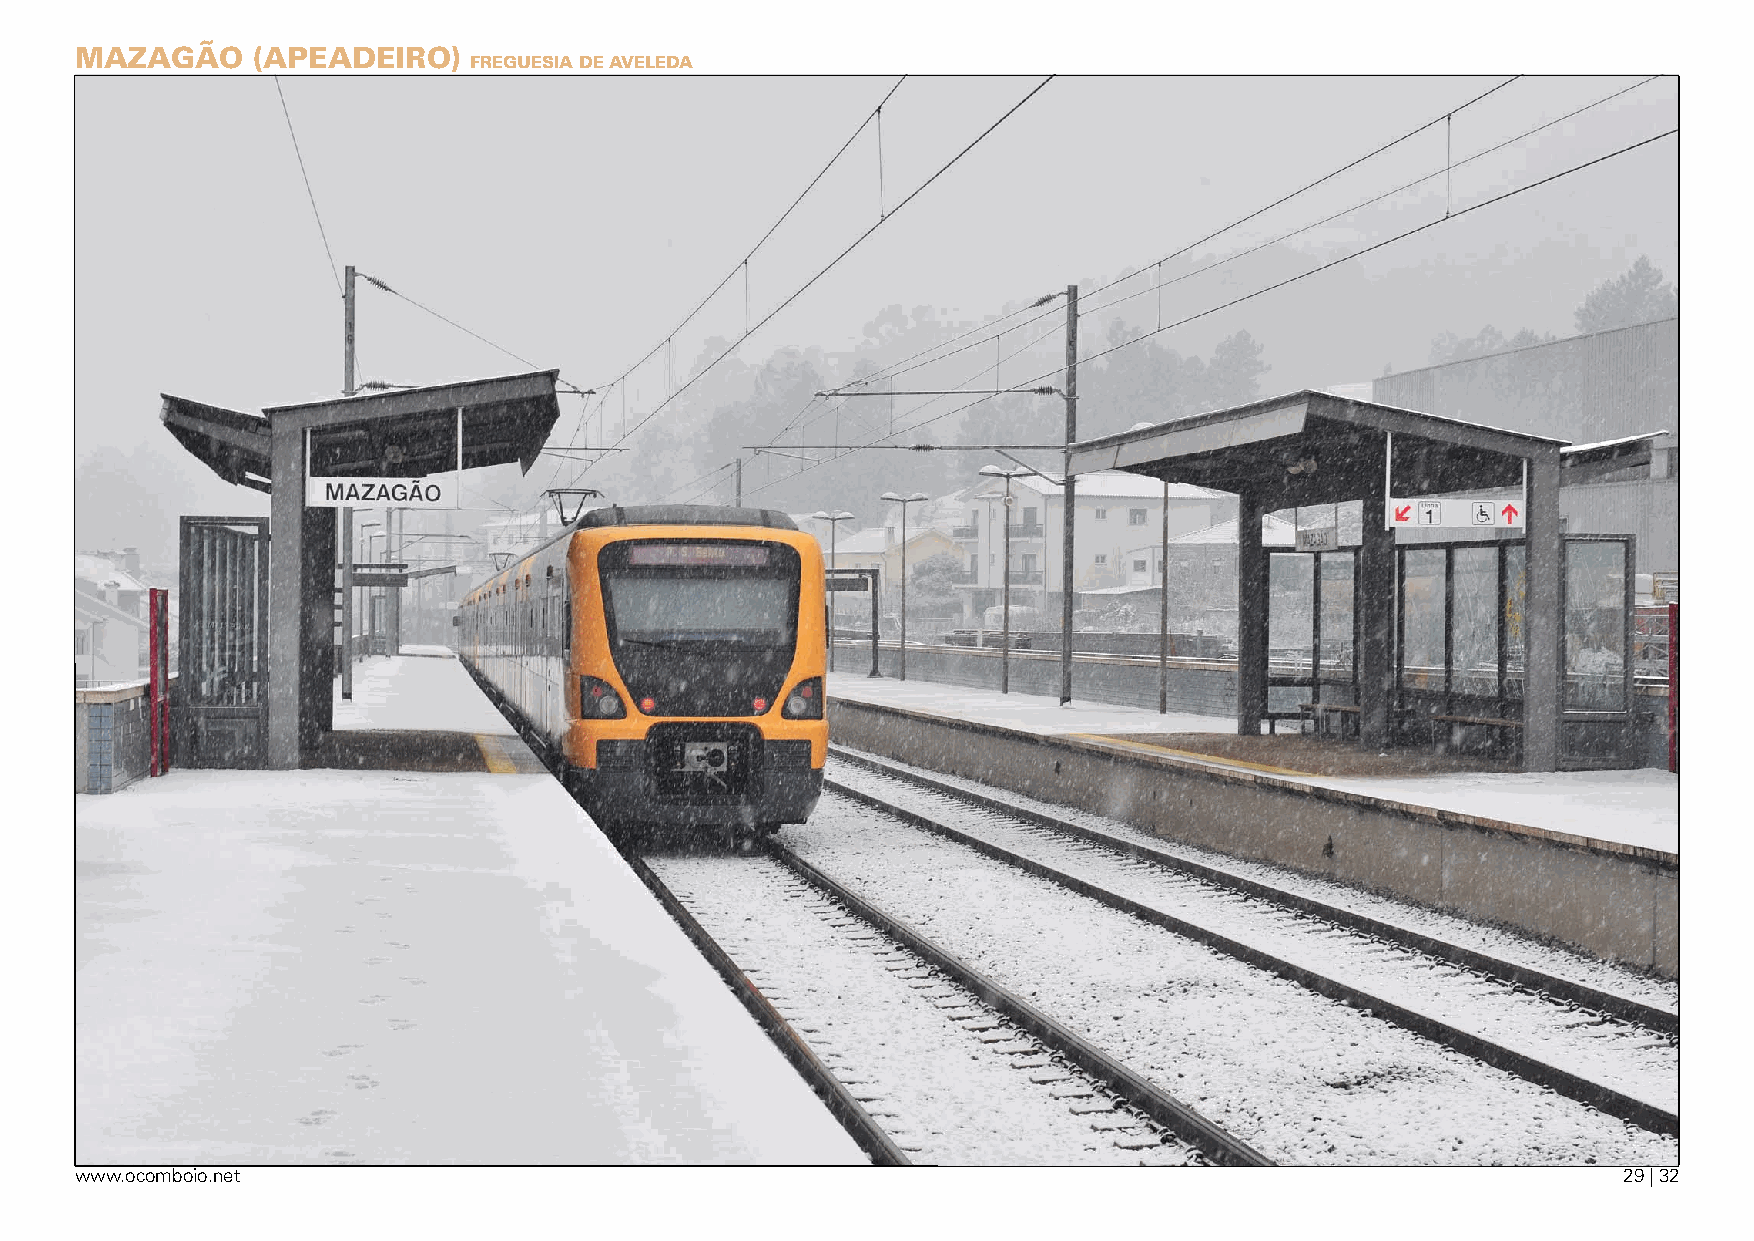
mazagãO     (aPeadeirO)
 Freguesia de aveleda
 www.ocomboio.net                                                                                      29 | 32